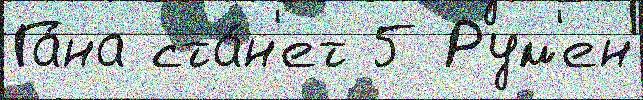
Га́на ста́н'ет 5 Рум'ен